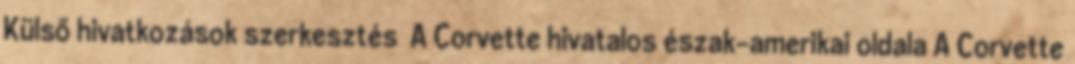
Külső hivatkozások szerkesztés A Corvette hivatalos észak-amerikai oldala A Corvette